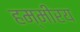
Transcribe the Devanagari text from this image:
हम्मीरय